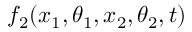
f _ { 2 } ( x _ { 1 } , \theta _ { 1 } , x _ { 2 } , \theta _ { 2 } , t )